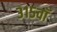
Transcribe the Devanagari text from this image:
३१५वॉ